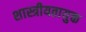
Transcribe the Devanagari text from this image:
शास्त्रीयतायुक्त